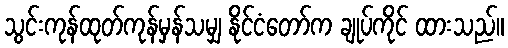
သွင်းကုန်ထုတ်ကုန်မှန်သမျှ နိုင်ငံတော်က ချုပ်ကိုင် ထားသည်။